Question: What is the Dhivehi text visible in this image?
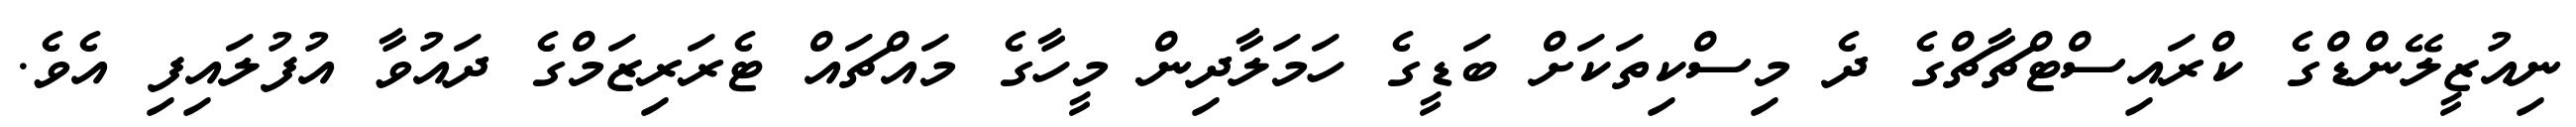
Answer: ނިއުޒީލޭންޑްގެ ކްރައިސްޓްޗާޗްގެ ދެ މިސްކިތަކަށް ބަޑީގެ ހަމަލާދިން މީހާގެ މައްޗައް ޓެރަރިޒަމްގެ ދައުވާ އުފުލައިފި އެވެ.